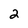
Character: 2